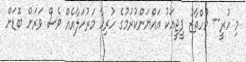
މި ހުރީ-- މުހްތާޒު ޕީޖީއަކު އައްޔަންކުރުމުގެ ހުރިހާ މަރުހަލާއެއް ވެސް ވަރަށް ބޮޑަށް